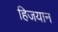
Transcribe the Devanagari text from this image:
हिजयान